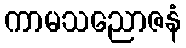
ကာမသညောဇနံ